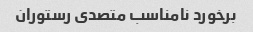
برخورد نامناسب متصدی رستوران